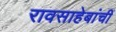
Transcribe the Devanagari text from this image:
रावसाहेबांचीं